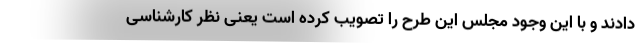
دادند و با این وجود مجلس این طرح را تصویب کرده است یعنی نظر کارشناسی